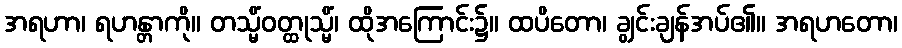
အရဟာ၊ ရဟန္တာကို။ တသ္မိံဝတ္ထုသ္မိံ၊ ထိုအကြောင်း၌။ ထပိတော၊ ချွင်းချန်အပ်၏။ အရဟတော၊